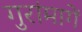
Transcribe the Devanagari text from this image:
गुरांमागें